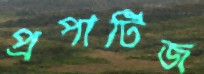
প্রপার্টিজ